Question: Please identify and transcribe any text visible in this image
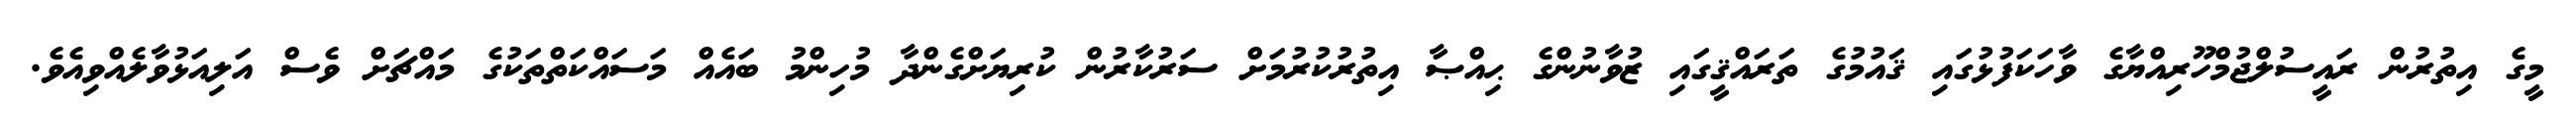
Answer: މީގެ އިތުރުން ރައީސުލްޖުމްހޫރިއްޔާގެ ވާހަކަފުޅުގައި ޤައުމުގެ ތަރައްޤީގައި ޒުވާނުންގެ ޙިއްޞާ އިތުރުކުރުމަށް ސަރުކާރުން ކުރިޔަށްގެންދާ މުހިންމު ބައެއް މަސައްކަތްތަކުގެ މައްޗަށް ވެސް އަލިއަޅުވާލެއްވިއެވެ.